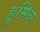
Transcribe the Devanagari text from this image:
हुमिन